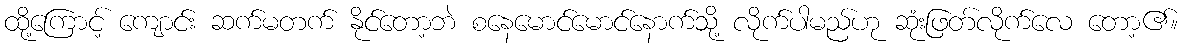
ထို့ကြောင့် ကျောင်း ဆက်မတက် နိုင်တော့ဘဲ စနေမောင်မောင်နောက်သို့ လိုက်ပါမည်ဟု ဆုံးဖြတ်လိုက်လေ တော့၏။